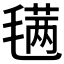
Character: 𣯣